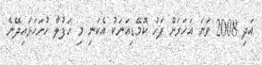
އަދި 2008 ވަނަ އަހަރަށް ފަހު ކޮމޭޑިއަނަކު އެކަނި މި ހަފުލާ ހުށަހަޅައިދޭނެ